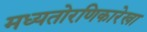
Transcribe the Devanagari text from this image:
मध्यतोरणिकारेखा